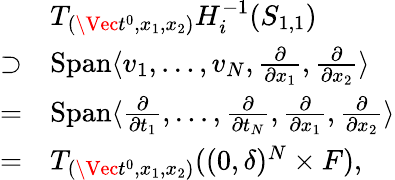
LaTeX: \begin{array}{rl}&{T_{(\Vec{t^{0}},x_{1},x_{2})}H_{i}^{-1}(S_{1,1})}\\ {\supset}&{\mathrm{Span}\langle v_{1},\ldots,v_{N},\frac\partial{\partial x_{1}},\frac\partial{\partial x_{2}}\rangle}\\ {=}&{\mathrm{Span}\langle\frac\partial{\partial t_{1}},\ldots,\frac\partial{\partial t_{N}},\frac\partial{\partial x_{1}},\frac\partial{\partial x_{2}}\rangle}\\ {=}&{T_{(\Vec{t^{0}},x_{1},x_{2})}((0,\delta)^{N}\times F),}\end{array}